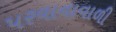
પરવાનાવાળી